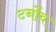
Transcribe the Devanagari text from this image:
टर्नोव